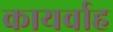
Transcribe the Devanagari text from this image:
कायर्वाह